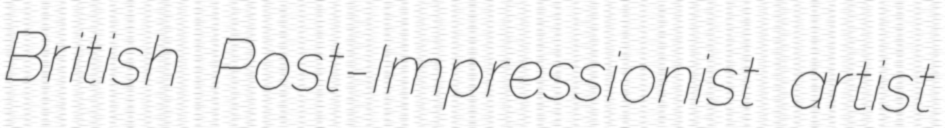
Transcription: British Post-Impressionist artist